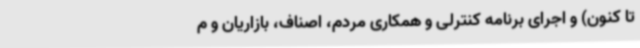
تا کنون) و اجرای برنامه کنترلی و همکاری مردم، اصناف، بازاریان و م